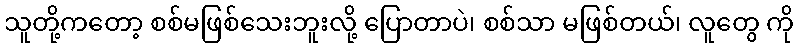
သူတို့ကတော့ စစ်မဖြစ်သေးဘူးလို့ ပြောတာပဲ၊ စစ်သာ မဖြစ်တယ်၊ လူတွေ ကို